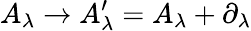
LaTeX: A_{\lambda}\rightarrow A_{\lambda}^{\prime}=A_{\lambda}+\partial_{\lambda}